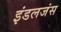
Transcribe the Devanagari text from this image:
इंडलजंस